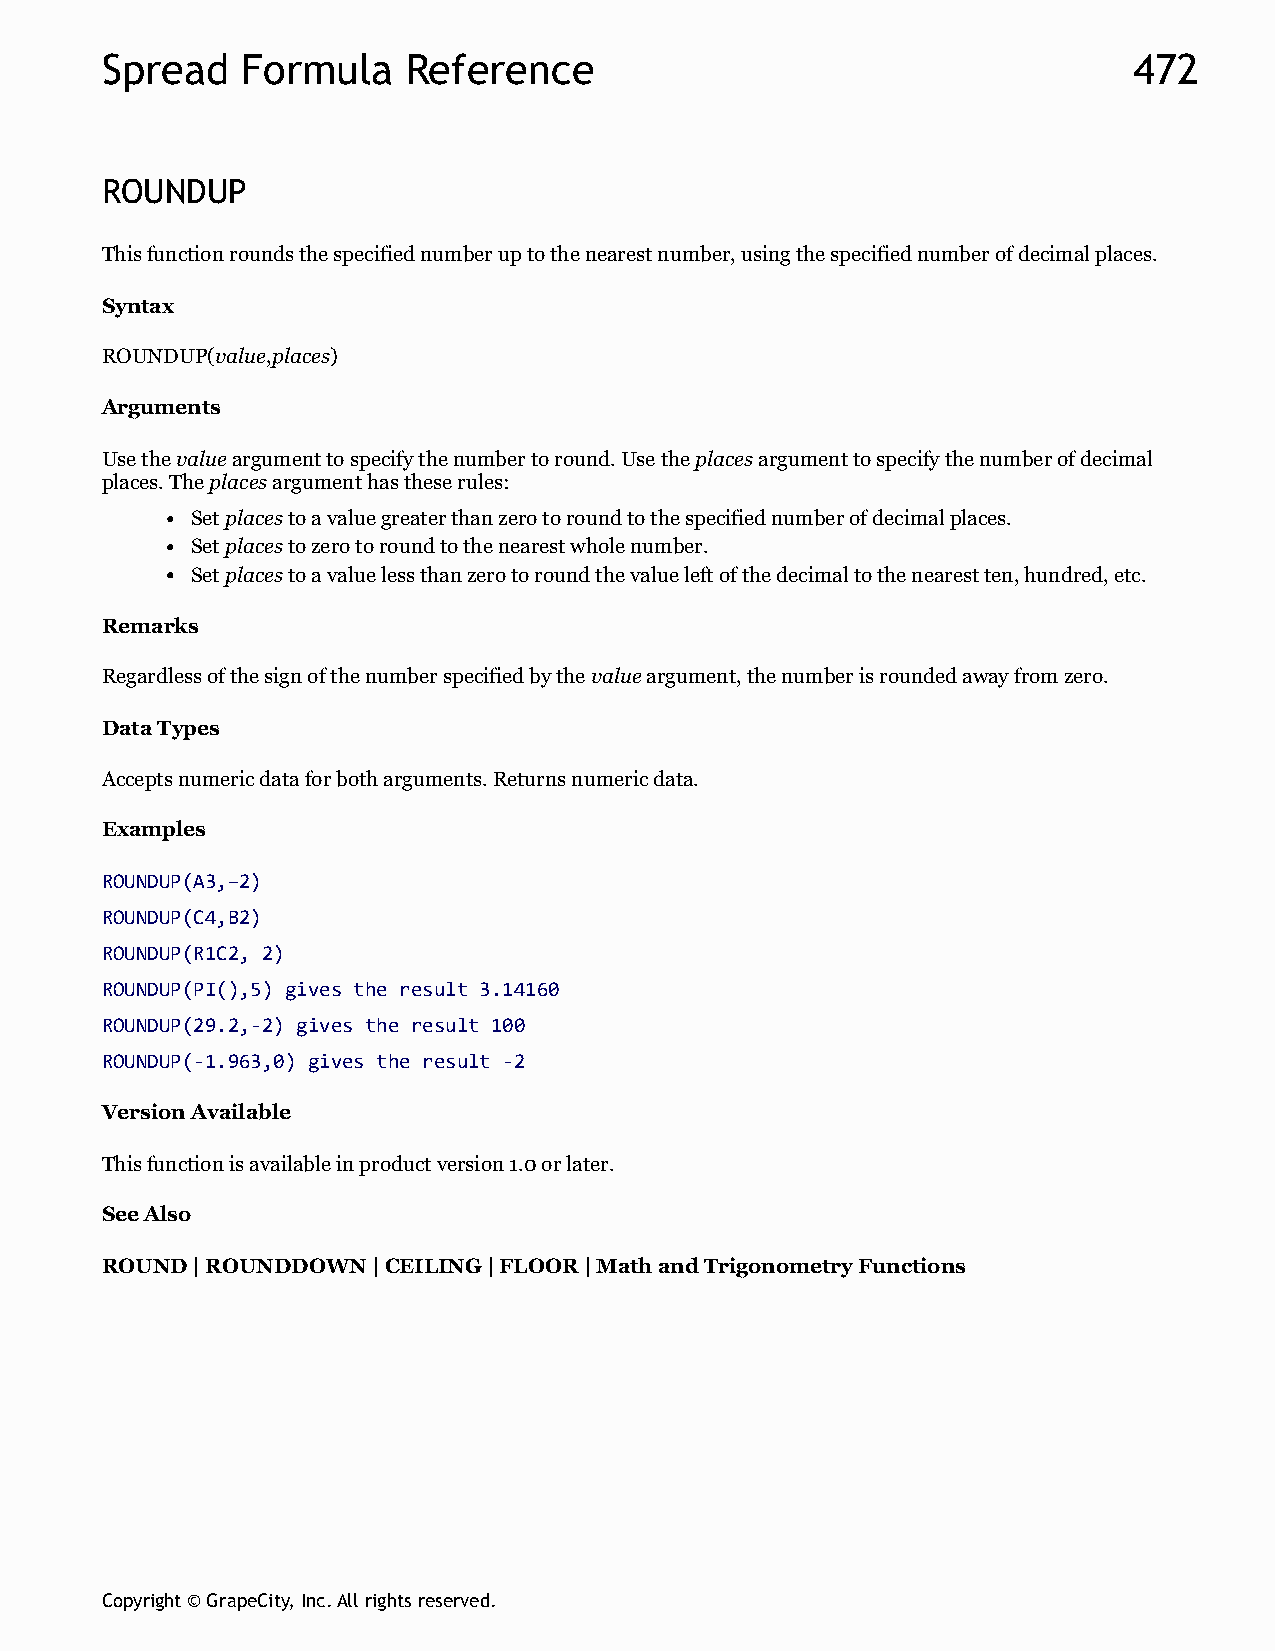
Spread   Formula    Reference                                       472
 ROUNDUP
 This function rounds the specified number up to the nearest number, using the specified number of decimal places.
 Syntax
 ROUNDUP(value,places)
 Arguments
 Use the value argument to specify the number to round. Use the places argument to specify the number of decimal
 places. The places argument has these rules:
 Set places to a value greater than zero to round to the specified number of decimal places.
 Set places to zero to round to the nearest whole number.
 Set places to a value less than zero to round the value left of the decimal to the nearest ten, hundred, etc.
 Remarks
 Regardless of the sign of the number specified by the value argument, the number is rounded away from zero.
 Data Types
 Accepts numeric data for both arguments. Returns numeric data.
 Examples
 ROUNDUP(A3,–2)
 ROUNDUP(C4,B2)
 ROUNDUP(R1C2, 2)
 ROUNDUP(PI(),5) gives the result 3.14160
 ROUNDUP(29.2,-2) gives the result 100
 ROUNDUP(-1.963,0) gives the result -2
 Version Available
 This function is available in product version 1.0 or later.
 See Also
 ROUND | ROUNDDOWN | CEILING | FLOOR | Math and Trigonometry Functions
 Copyright © GrapeCity, Inc. All rights reserved.